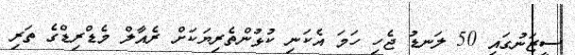
ސީޒަނުގައި 50 ލަނޑު ޖެހި ހަމަ އެކަނި ކުޅުންތެރިޔަކަށް ރެއާލް މެޑްރިޑްގެ ތަރި